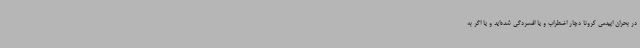
در بحران اپیدمی کرونا دچار اضطراب و یا افسردگی شده‌اید و یا اگر به